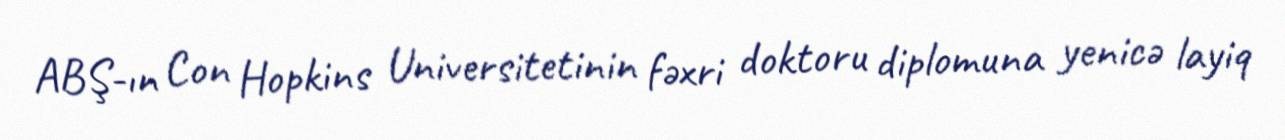
ABŞ-ın Con Hopkins Universitetinin fəxri doktoru diplomuna yenicə layiq